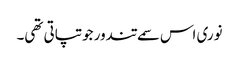
نوری اس سمے تندور جو تپاتی تھی۔